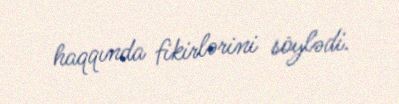
haqqında fikirlərini söylədi.